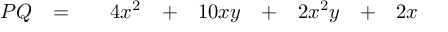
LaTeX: \begin{array} { r c c r c r c r c r } { P Q } & { = } & { } & { 4 x ^ { 2 } } & { + } & { 1 0 x y } & { + } & { 2 x ^ { 2 } y } & { + } & { 2 x } \end{array}